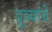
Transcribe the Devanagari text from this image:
दुव्यांचे